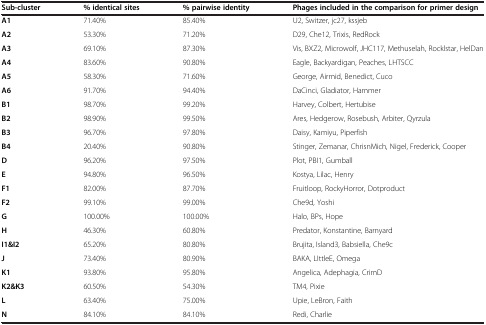
<table><thead><tr><td><b>Sub-cluster</b></td><td><b>% identical sites</b></td><td><b>% pairwise identity</b></td><td><b>Phages included in the comparison for primer design</b></td></tr></thead><tbody><tr><td><b>A1</b></td><td>71.40%</td><td>85.40%</td><td>U2, Switzer, jc27, kssjeb</td></tr><tr><td><b>A2</b></td><td>53.30%</td><td>71.20%</td><td>D29, Che12, Trixis, RedRock</td></tr><tr><td><b>A3</b></td><td>69.10%</td><td>87.30%</td><td>Vis, BXZ2, Microwolf, JHC117, Methuselah, Rocklstar, HelDan</td></tr><tr><td><b>A4</b></td><td>83.60%</td><td>90.80%</td><td>Eagle, Backyardigan, Peaches, LHTSCC</td></tr><tr><td><b>A5</b></td><td>58.30%</td><td>71.60%</td><td>George, Airmid, Benedict, Cuco</td></tr><tr><td><b>A6</b></td><td>91.70%</td><td>94.40%</td><td>DaCinci, Gladiator, Hammer</td></tr><tr><td><b>B1</b></td><td>98.70%</td><td>99.20%</td><td>Harvey, Colbert, Hertubise</td></tr><tr><td><b>B2</b></td><td>98.90%</td><td>99.50%</td><td>Ares, Hedgerow, Rosebush, Arbiter, Qyrzula</td></tr><tr><td><b>B3</b></td><td>96.70%</td><td>97.80%</td><td>Daisy, Kamiyu, Piperfish</td></tr><tr><td><b>B4</b></td><td>20.40%</td><td>90.80%</td><td>Stinger, Zemanar, ChrisnMich, Nigel, Frederick, Cooper</td></tr><tr><td><b>D</b></td><td>96.20%</td><td>97.50%</td><td>Plot, PBI1, Gumball</td></tr><tr><td><b>E</b></td><td>94.80%</td><td>96.50%</td><td>Kostya, Lilac, Henry</td></tr><tr><td><b>F1</b></td><td>82.00%</td><td>87.70%</td><td>Fruitloop, RockyHorror, Dotproduct</td></tr><tr><td><b>F2</b></td><td>99.10%</td><td>99.00%</td><td>Che9d, Yoshi</td></tr><tr><td><b>G</b></td><td>100.00%</td><td>100.00%</td><td>Halo, BPs, Hope</td></tr><tr><td><b>H</b></td><td>46.30%</td><td>60.80%</td><td>Predator, Konstantine, Barnyard</td></tr><tr><td><b>I1&amp;I2</b></td><td>65.20%</td><td>80.80%</td><td>Brujita, Island3, Babsiella, Che9c</td></tr><tr><td><b>J</b></td><td>73.40%</td><td>80.90%</td><td>BAKA, LIttleE, Omega</td></tr><tr><td><b>K1</b></td><td>93.80%</td><td>95.80%</td><td>Angelica, Adephagia, CrimD</td></tr><tr><td><b>K2&amp;K3</b></td><td>60.50%</td><td>54.30%</td><td>TM4, Pixie</td></tr><tr><td><b>L</b></td><td>63.40%</td><td>75.00%</td><td>Upie, LeBron, Faith</td></tr><tr><td><b>N</b></td><td>84.10%</td><td>84.10%</td><td>Redi, Charlie</td></tr></tbody></table>